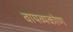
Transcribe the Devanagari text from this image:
वायव्यकोण